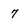
Character: 7